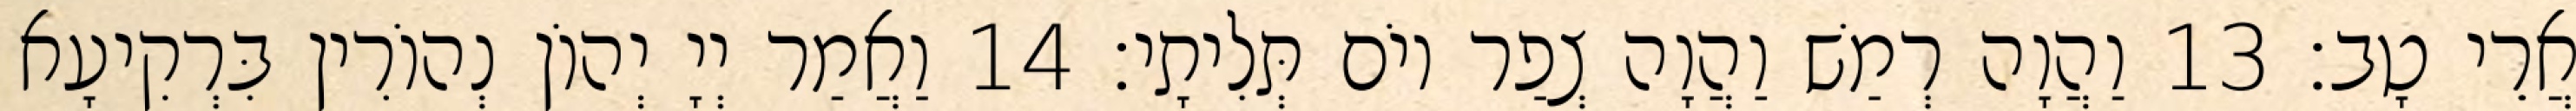
אֲרֵי טָב׃ 13 וַהֲוָה רְמַשׁ וַהֲוָה צְפַר יוֹם תְּלִיתָי׃ 14 וַאֲמַר יְיָ יְהוֹן נְהוֹרִין בִּרְקִיעָא